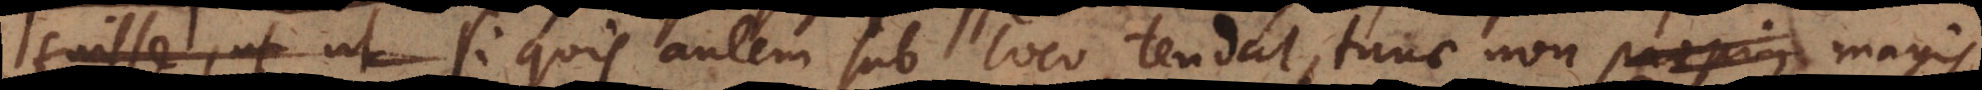
fuisse, ut Si quis autem sub loco tendat, tunc non propius magis